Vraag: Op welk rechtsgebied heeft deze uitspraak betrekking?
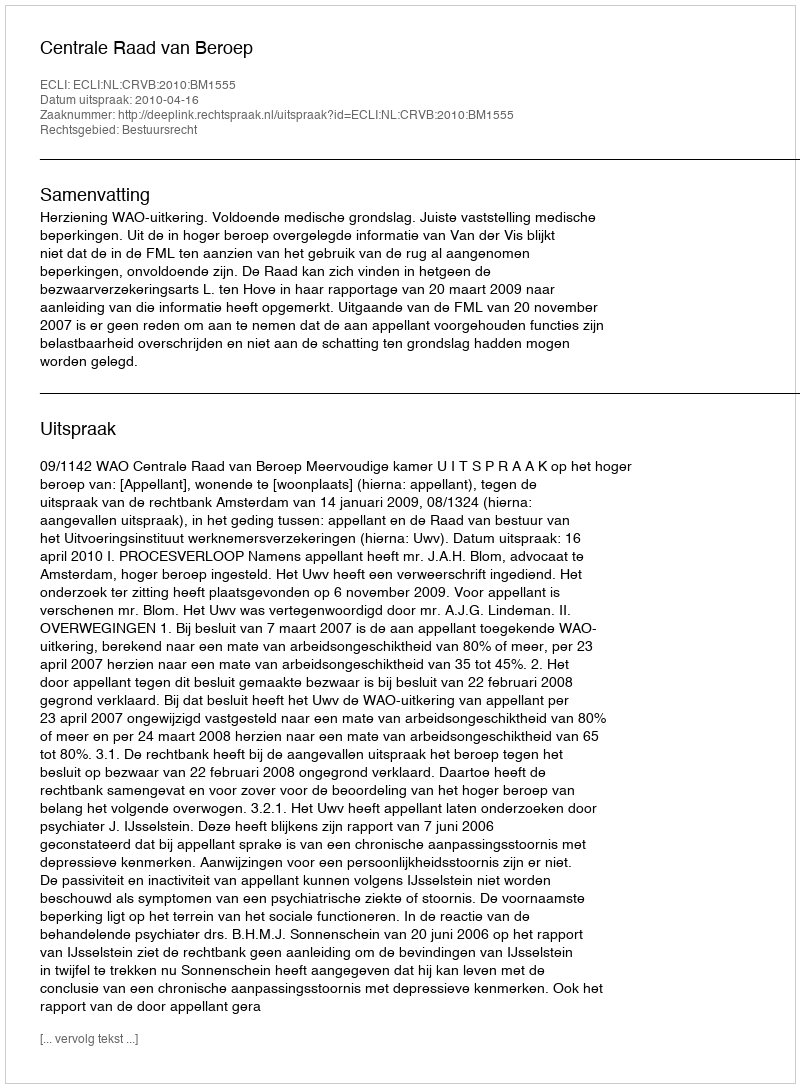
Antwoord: Bestuursrecht